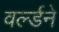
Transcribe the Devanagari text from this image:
वर्ल्डने